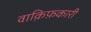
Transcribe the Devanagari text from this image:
वाक़िफ़कारी